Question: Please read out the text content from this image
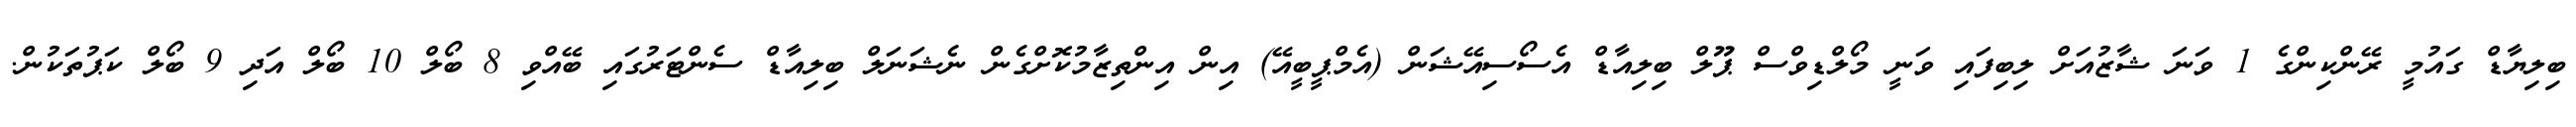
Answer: ބިލިޔާޑް ގައުމީ ރޭންކިންގެ 1 ވަނަ ޝާޒުއަށް ލިބިފައި ވަނީ މޯލްޑިވްސް ޕޫލް ބިލިއާޑް އެސޯސިއޭޝަން (އެމްޕީބީއޭ) އިން އިންތިޒާމުކޮށްގެން ނެޝަނަލް ބިލިއާޑް ސެންޓަރުގައި ބޭއްވި 8 ބޯލް 10 ބޯލް އަދި 9 ބޯލް ކަޕުތަކުން.